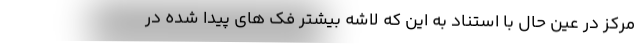
مرکز در عین حال با استناد به این که لاشه بیشتر فک های پیدا شده در